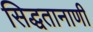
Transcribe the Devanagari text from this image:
सिद्धतानाणी